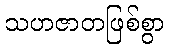
သဟဇာတဖြစ်စွာ